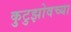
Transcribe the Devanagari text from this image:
कुटुझोवच्या